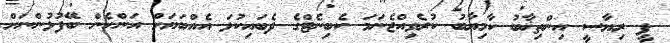
ޕީ ރިޔާސީ އިންތިޚާބު ކާމިޔާބު ކުރެވިއްޖެނަމަ ކެބިނެޓްގެ ދެބައިކުޅަ އެއްބަޔަށް އަންހެން ބޭފުޅުންނަށް